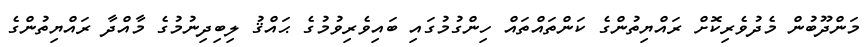
މަންދޫބުން މެދުވެރިކޮށް ރައްޔިތުންގެ ކަންތައްތައް ހިންގުމުގައި ބައިވެރިވުމުގެ ޙައްޤު ލިބިދިނުމުގެ މާއްދާ ރައްޔިތުންގެ